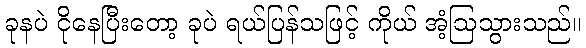
ခုနပဲ ငိုနေပြီးတော့ ခုပဲ ရယ်ပြန်သဖြင့် ကိုယ် အံ့ဩသွားသည်။